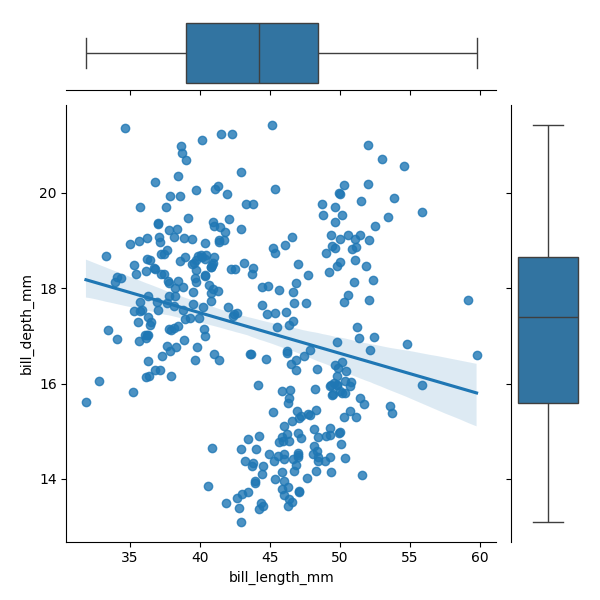
python, seaborn, JointGrid, regplot, boxplot